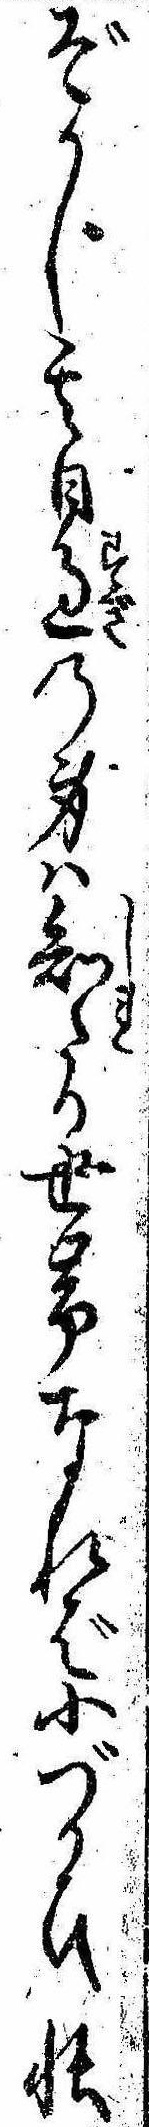
ぞかし其日過の身は知たる世帯なれば小づかひ帳